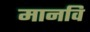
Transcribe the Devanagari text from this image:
मानवि